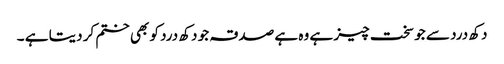
دکھ درد سے جو سخت چیز ہے وہ ہے صدقہ جو دکھ درد کو بھی ختم کر دیتا ہے ۔